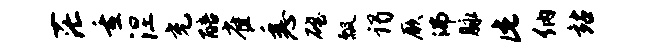
茫重涅充醅雀悉磴瓢谒厥沸脉此纳站